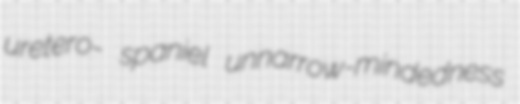
uretero- spaniel unnarrow-mindedness